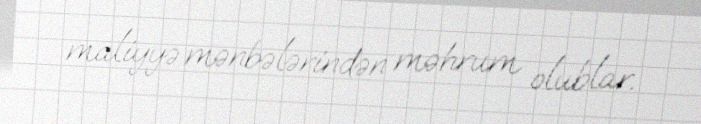
maliyyə mənbələrindən məhrum olublar.